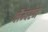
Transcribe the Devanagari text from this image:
लैम्बटन